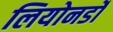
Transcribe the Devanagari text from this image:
लियोनर्डो